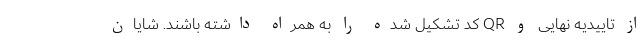
از تاییدیه نهایی و QR کد تشکیل شده را به همراه داشته باشند. شایان